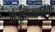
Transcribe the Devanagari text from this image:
मंजूषात्वश्वनद्याः